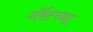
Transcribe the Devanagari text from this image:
गॅर्रटच्या